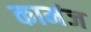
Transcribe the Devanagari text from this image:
कामंज